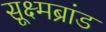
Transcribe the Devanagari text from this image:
सूक्ष्मब्रांड